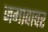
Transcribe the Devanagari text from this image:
जमावावर